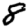
Digit: 8